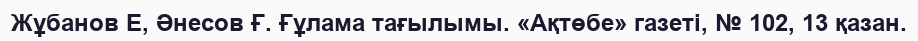
Жұбанов Е, Әнесов Ғ. Ғұлама тағылымы. «Ақтөбе» газеті, № 102, 13 қазан.